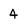
Character: 4